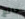
جائع